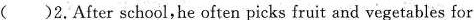
( )2.After school,he often picks fruit and vegetables for